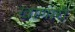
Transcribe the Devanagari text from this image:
खाणारी